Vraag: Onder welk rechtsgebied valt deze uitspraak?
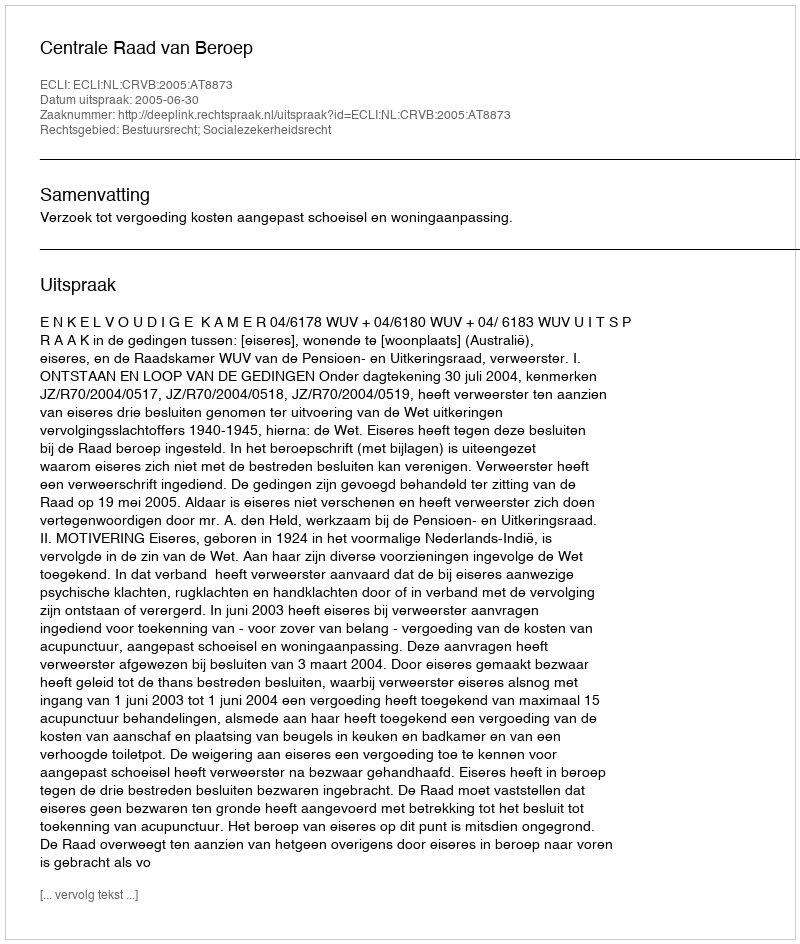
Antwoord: Bestuursrecht; Socialezekerheidsrecht